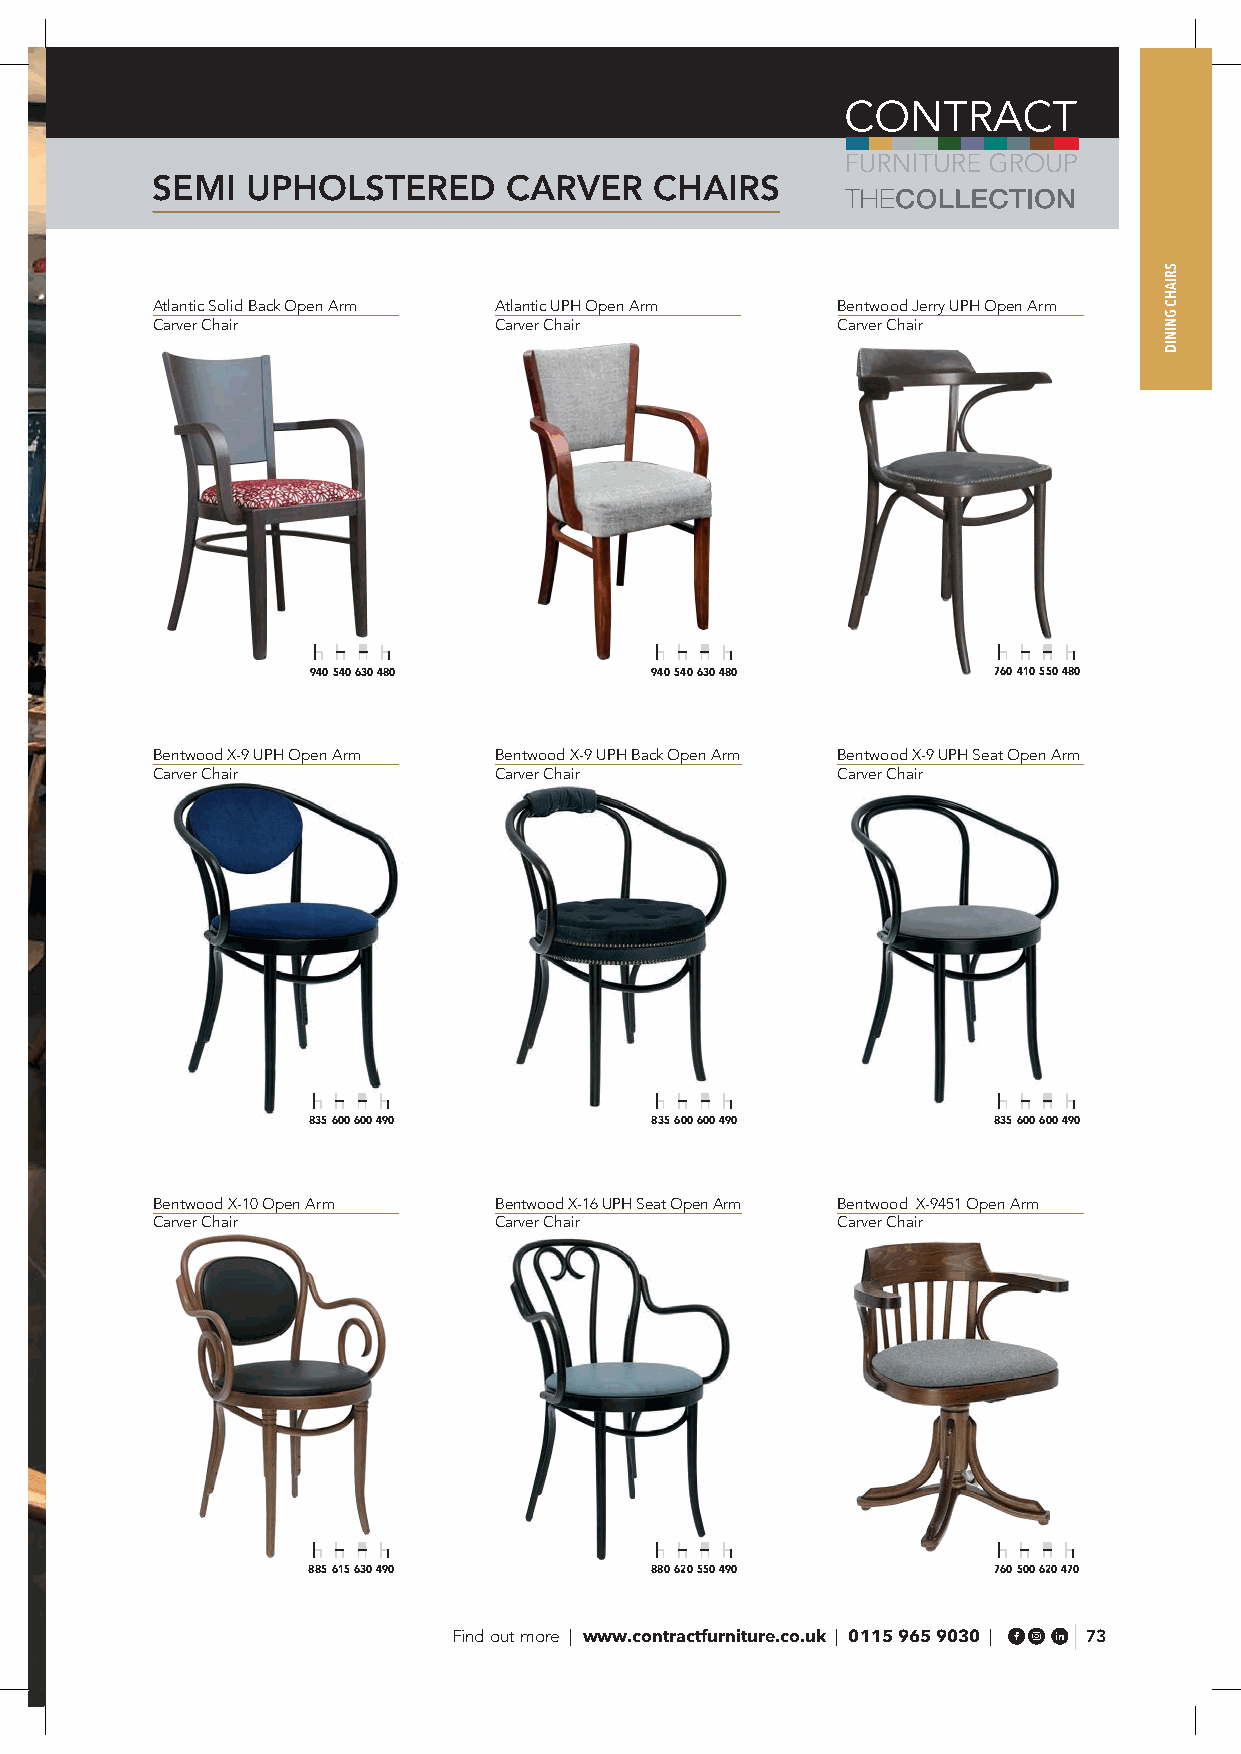
SEMI  UPHOLSTERED      CARVER    CHAIRS
 Atlantic Solid Back Open Arm Atlantic UPH Open Arm Bentwood Jerry UPH Open Arm
 Carver Chair           Carver Chair          Carver Chair
 940 540 630 480        940 540 630 480        760 410 550 480
 Bentwood X-9 UPH Open Arm Bentwood X-9 UPH Back Open Arm Bentwood X-9 UPH Seat Open Arm
 Carver Chair           Carver Chair          Carver Chair
 835 600 600 490        835 600 600 490        835 600 600 490
 Bentwood X-10 Open Arm Bentwood X-16 UPH Seat Open Arm Bentwood X-9451 Open Arm
 Carver Chair           Carver Chair          Carver Chair
 885 615 630 490        880 620 550 490        760 500 620 470
 Find out more | www.contractfurniture.co.uk | 0115 965 9030 | 73
 SRIAHC
 GNINID